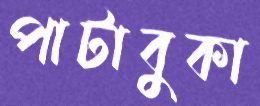
পাটাবুকা